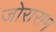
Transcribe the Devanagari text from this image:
जोराराम